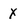
Character: X